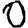
Digit: 0